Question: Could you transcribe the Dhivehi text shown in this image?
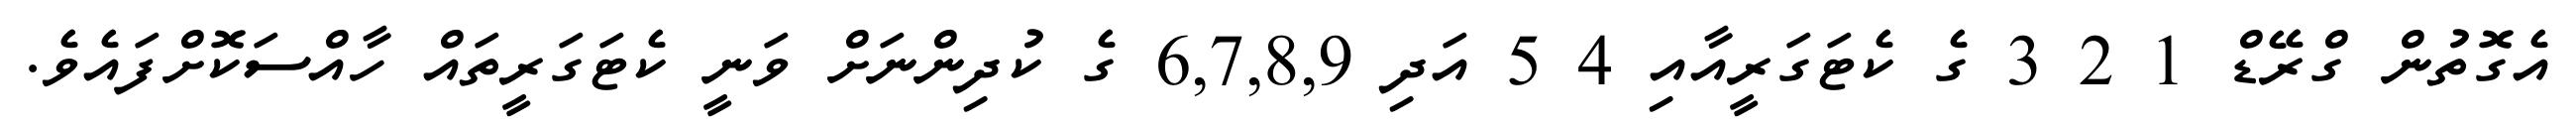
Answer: އެގޮތުން ގްރޭޑް 1 2 3 ގެ ކެޓަގަރީއާއި 4 5 އަދި 6,7,8,9 ގެ ކުދިންނަށް ވަނީ ކެޓަގަރީތައް ހާއްސަކޮށްފައެވެ.